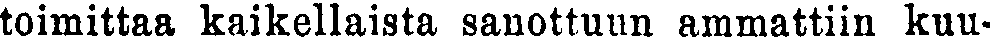
toimittaa kaikellaista sanottuun ammattiin kuu-